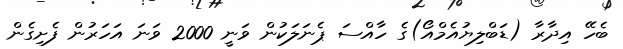
ބެހޭ އިދާރާ (ޑަބްލިޔުއެމްއޯ)ގެ ހާއްސަ ޕެނަލަކުން ވަނީ 2000 ވަނަ އަހަރުން ފެށިގެން